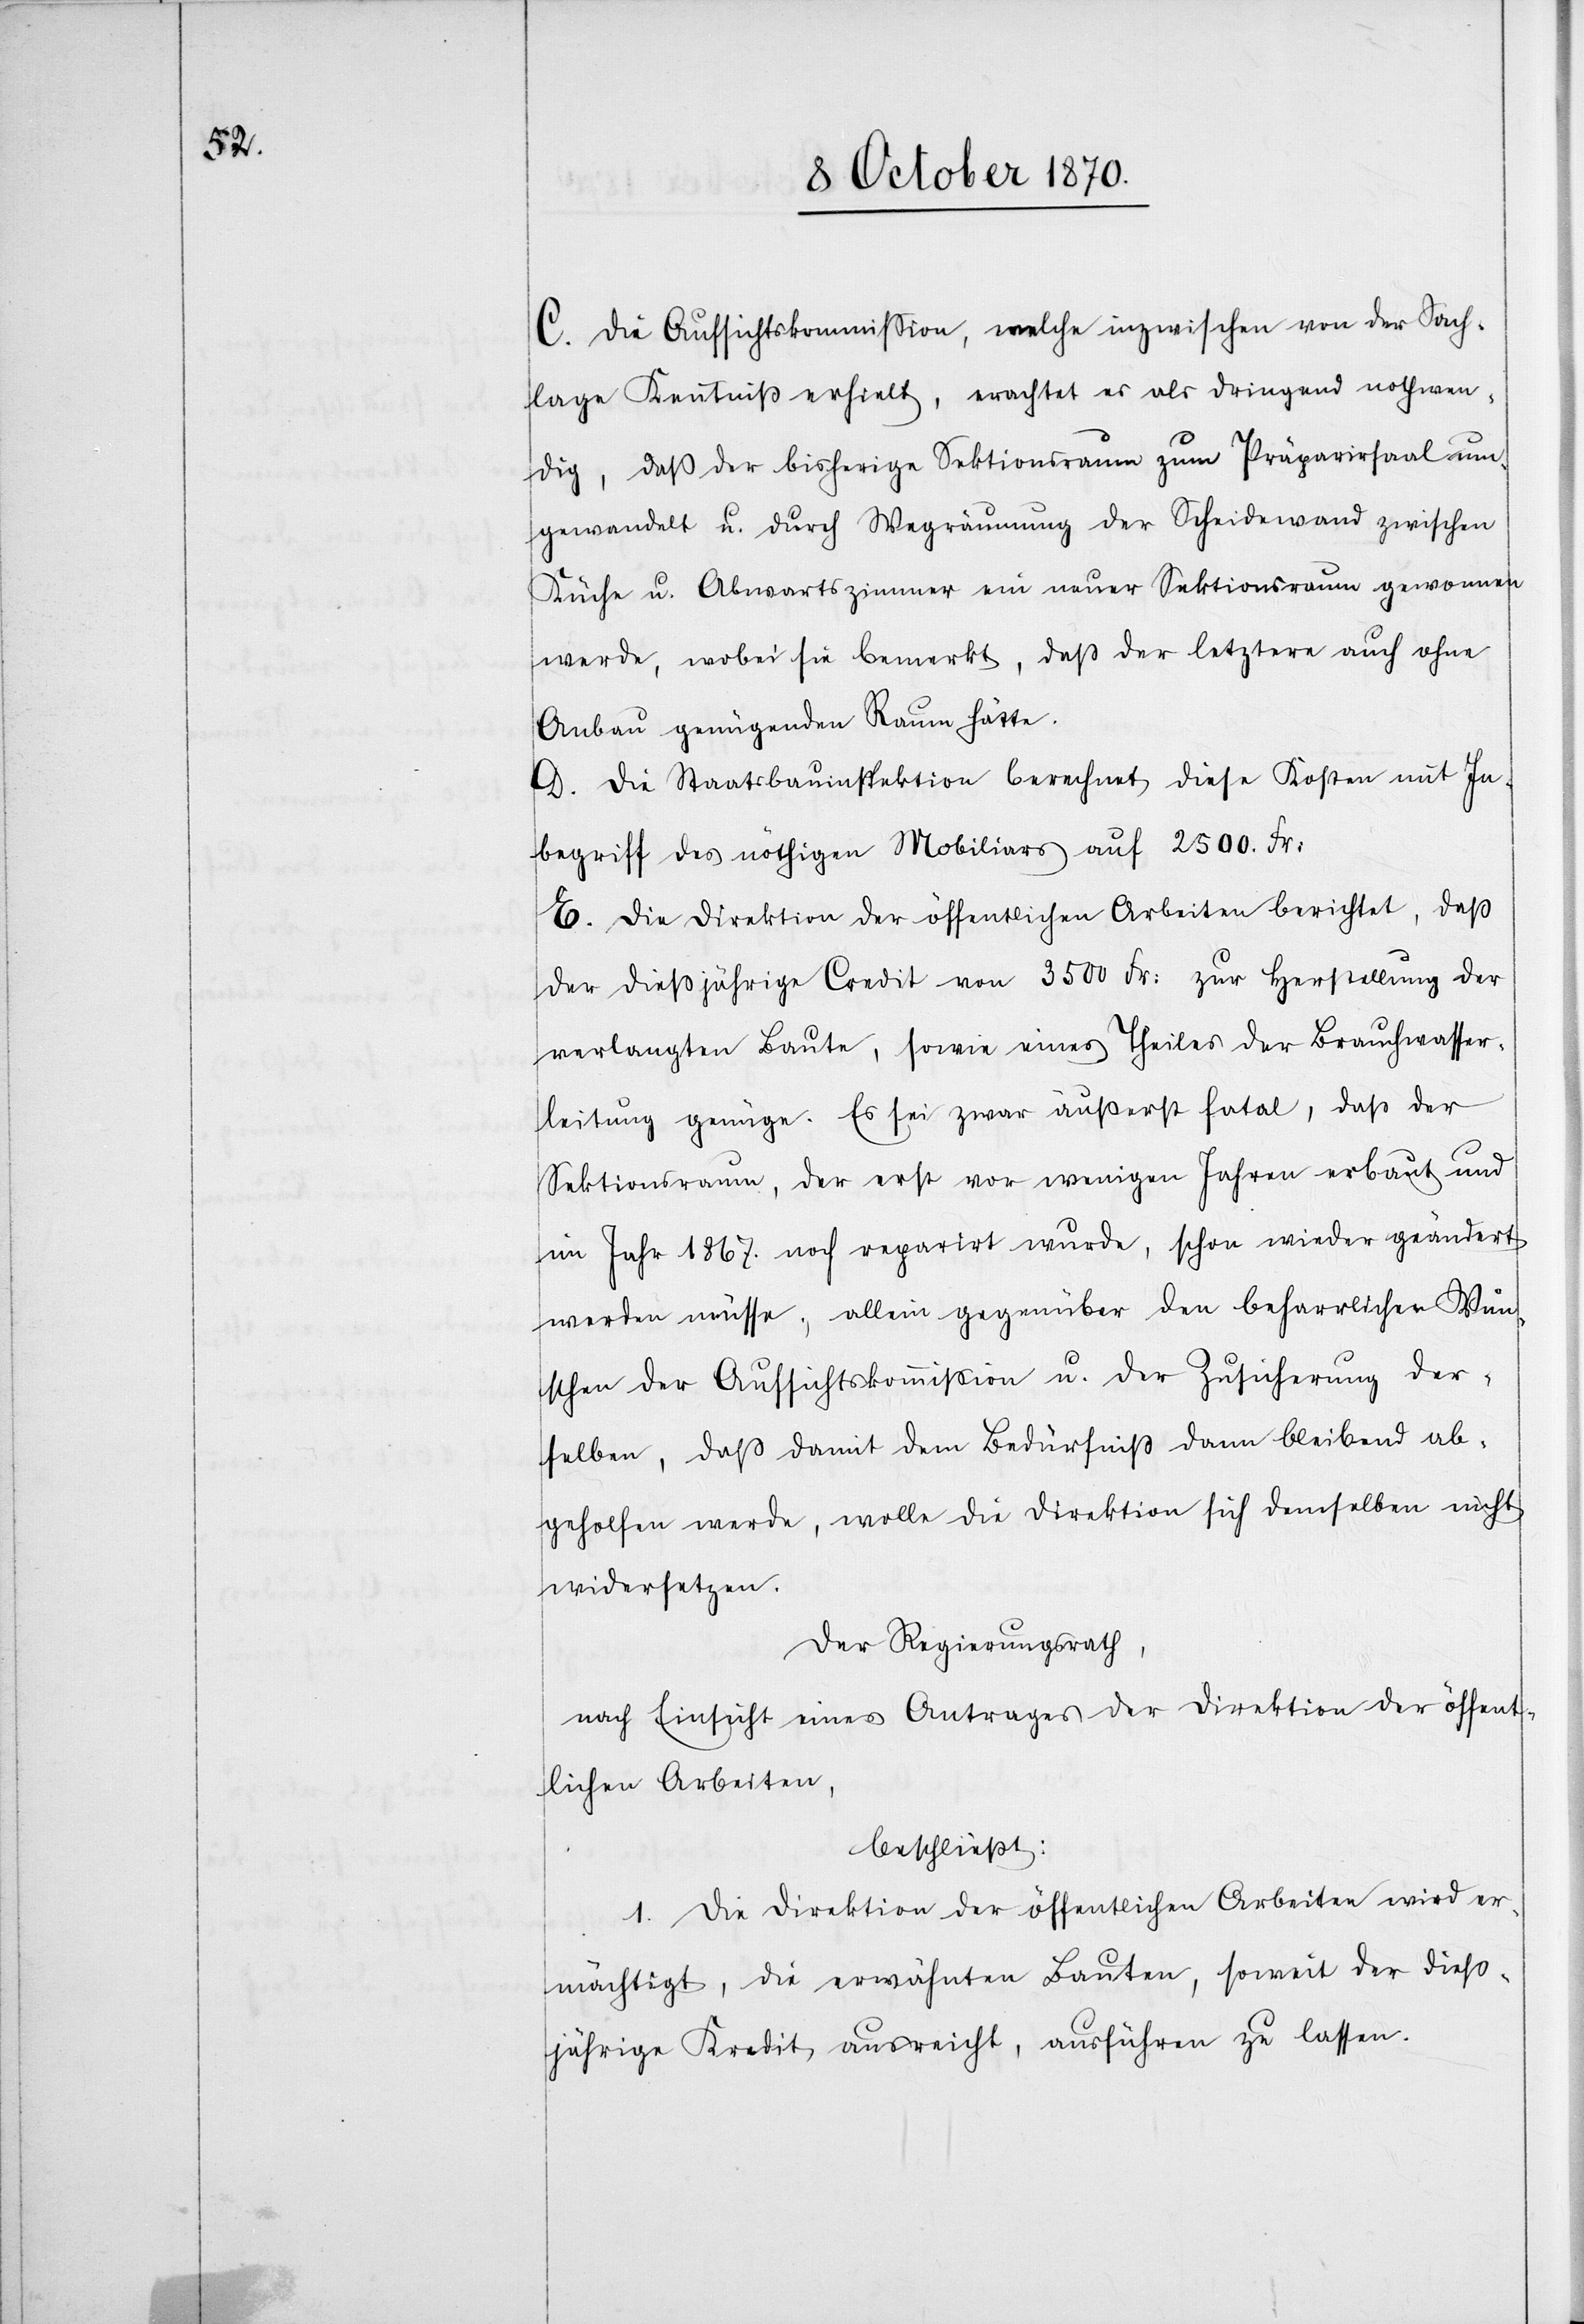
C. Die Aufsichtskommission, welche inzwischen von der Sach¬
lage Kenntniß erhielt, erachtet es als dringend nothwen¬
dig, daß der bisherige Sektionsraum zum Präparirsaal um¬
gewandelt u. durch Wegräumung der Scheidewand zwischen
Küche u. Abwartszimmer ein neuer Sektionsraum gewonnen
werde, wobei sie bemerkt, daß der letztere auch ohne
Anbau genügenden Raum hätte.
D. Die Staatsbauinspektion berechnet diese Kosten mit In¬
begriff des nöthigen Mobiliars auf 2500. Fr:
E. Die Direktion der öffentlichen Arbeiten berichtet, daß
der dießjährige Credit von 3500 Fr: zur Herstellung der
verlangten Baute, sowie eines Theiles der Brauchwasser¬
leitung genüge. Es sei zwar äußerst fatal, daß der
Sektionsraum, der erst vor wenigen Jahren erbaut und
im Jahr 1867. noch reparirt wurde, schon wieder geändert
werden müsse; allein gegenüber den beharrlichen Wün¬
schen der Aufsichtskommißion u. der Zusicherung der¬
selben, daß damit dem Bedürfniß dann bleibend ab¬
geholfen werde, wolle die Direktion sich demselben nicht
widersetzen.
Der Regierungsrath,
nach Einsicht eines Antrages der Direktion der öffent¬
lichen Arbeiten,
beschließt:
1. Die Direktion der öffentlichen Arbeiten wird er¬
mächtigt, die erwähnten Bauten, soweit der dieß¬
jährige Kredit ausreicht, ausführen zu lassen.